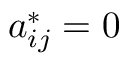
a _ { i j } ^ { * } = 0